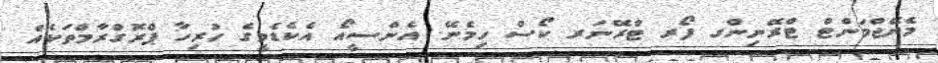
މެނޭޖްމަންޓް ޓްރޭނިންގ ފޯރ ޓްރޭނަރ ކޯސް ހިމެނޭ. އެންސީއޯ އެކެޑެމީގެ ހުރިހާ ޕްރޮގްރާމްތަކެއް